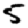
Digit: 5